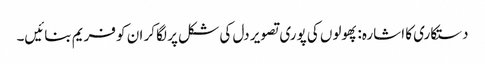
دستکاری کا اشارہ: پھولوں کی پوری تصویر دل کی شکل پر لگا کر ان کو فریم بنائیں۔